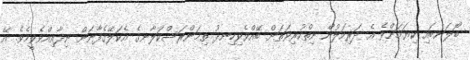
ބޯލަނބައި ކިޔަމަންވެ އެ ދަރިކަލުން ނިތްކުރިވަތަށް ބޭއްވެވިހިނދު ތިމަންރަސްކަލާނގެ އެކަލޭގެފާނަށް ނިދާއިއްވެވީމެވެ. އޭ